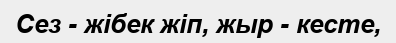
Сез - жібек жіп, жыр - кесте,